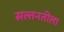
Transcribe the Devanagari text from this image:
सल्तनतीला